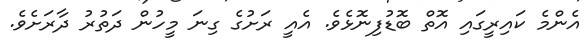
އެންމެ ކައިރީގައި އޮތް ބޮޑުފިނޮޅެވެ. އެއީ ރަށުގެ ގިނަ މީހުން ދަތުރު ދާރަށެވެ.